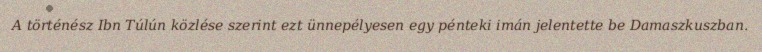
A történész Ibn Túlún közlése szerint ezt ünnepélyesen egy pénteki imán jelentette be Damaszkuszban.